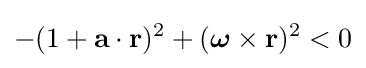
-(1+\mathbf {a} \cdot \mathbf {r} ){}^{2}+({\boldsymbol {\omega }}\times \mathbf {r} ){}^{2}<0